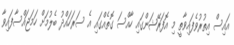
އައިސް އިތުރުވެފައިވާތީ މި އޮފަރޭޝަންގައި ހާއްސަ ގޮތެއްގައި އެ ސަރަހައްދު ބެލުމަށް ހަމަޖައްސާފައިވާ